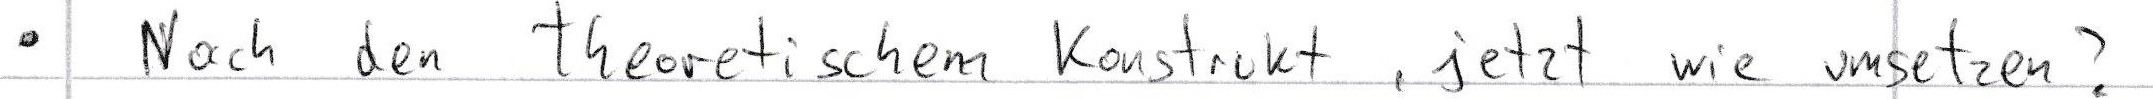
Nach den Theoretischen Konstrukt, jetzt wie umsetzen?